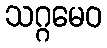
သဂ္ဂမေဝ